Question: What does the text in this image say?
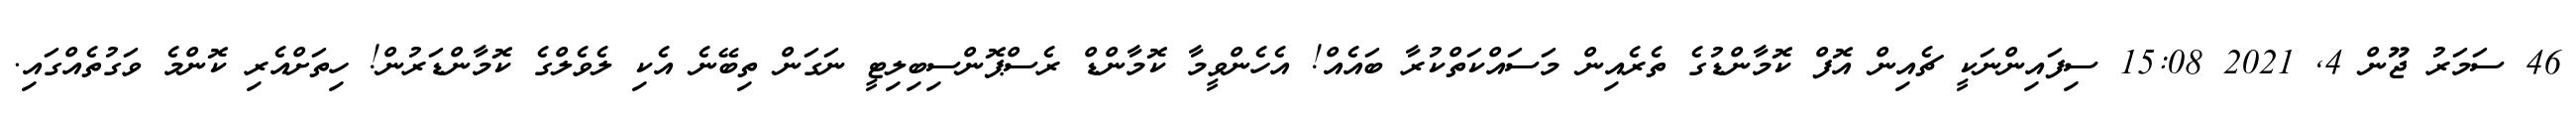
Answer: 46 ސަމަރު ޖޫން 4, 2021 15:08 ސިފައިންނަކީ ޗެއިން އޮފް ކޮމާންޑުގެ ތެރެއިން މަސައްކަތްކުރާ ބައެއް! އެހެންވީމާ ކޮމާންޑް ރެސްޕޮންސިބިލިޓީ ނަގަން ތިބޭނެ އެކި ލެވެލްގެ ކޮމާންޑަރުން! ހިތަށްއެރި ކޮންމެ ވަގުތެއްގައި.